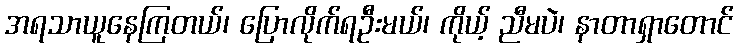
အရသာယူနေကြတယ်၊ ပြောလိုက်ရဦးမယ်၊ ကိုယ့် ညီမပဲ၊ နာတာရှာတောင်